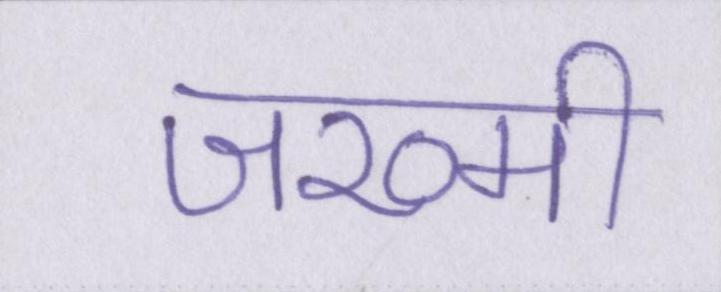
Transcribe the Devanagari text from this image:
जख्मी